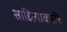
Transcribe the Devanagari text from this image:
साहित्याकररि